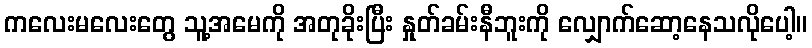
ကလေးမလေးတွေ သူ့အမေကို အတုခိုးပြီး နှုတ်ခမ်းနီဘူးကို လျှောက်ဆော့နေသလိုပေါ့။